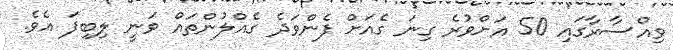
ވިއްސާރާގައި 50 އަށްވުރެ ގިނަ ގެއަށް ފެންވަދެ ގެއްލުންތައް ވަނީ ލިބިފަ އެވެ.